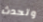
وتحدث